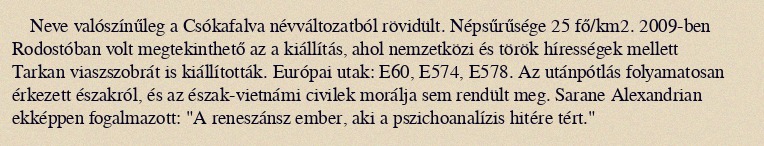
Neve valószínűleg a Csókafalva névváltozatból rövidült. Népsűrűsége 25 fő/km2. 2009-ben Rodostóban volt megtekinthető az a kiállítás, ahol nemzetközi és török hírességek mellett Tarkan viaszszobrát is kiállították. Európai utak: E60, E574, E578. Az utánpótlás folyamatosan érkezett északról, és az észak-vietnámi civilek morálja sem rendült meg. Sarane Alexandrian ekképpen fogalmazott: "A reneszánsz ember, aki a pszichoanalízis hitére tért."